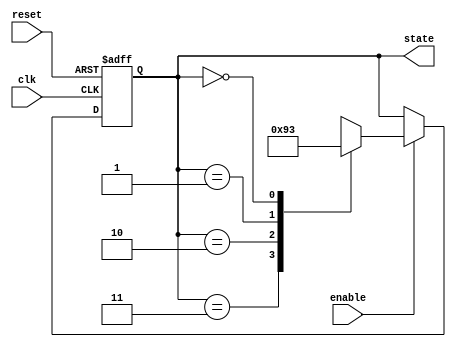
module down_counter_moore (
    input wire clk,        // Clock input
    input wire reset,      // Reset input
    input wire enable,     // Enable input
    output reg [1:0] state // Current state output (2-bit)
);

    // State encoding
    localparam S3 = 2'b11; // State 3
    localparam S2 = 2'b10; // State 2
    localparam S1 = 2'b01; // State 1
    localparam S0 = 2'b00; // State 0

    // State register
    reg [1:0] current_state;

    // State transition logic
    always @(posedge clk or posedge reset) begin
        if (reset) begin
            current_state <= S3; // Reset to state S3
        end else if (enable) begin
            case (current_state)
                S3: current_state <= S2; // S3 to S2
                S2: current_state <= S1; // S2 to S1
                S1: current_state <= S0; // S1 to S0
                S0: current_state <= S3; // S0 to S3 (wrap around)
                default: current_state <= S3; // Default state
            endcase
        end
    end

    // Output logic (Moore machine output)
    always @(current_state) begin
        state <= current_state; // Output the current state
    end

endmodule